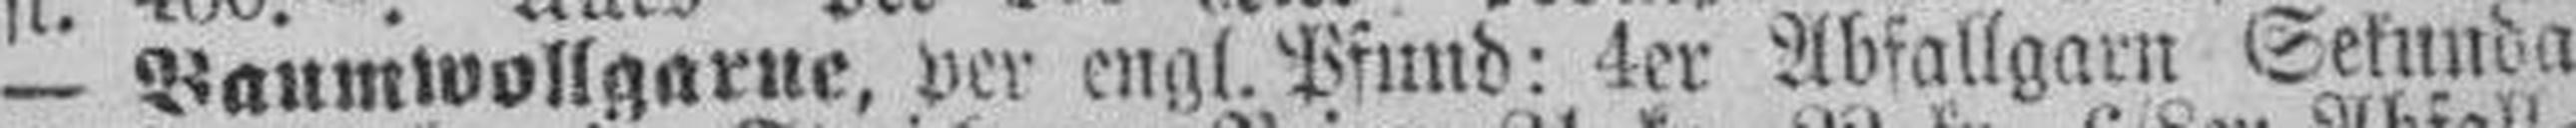
— Baumwollgarne, per engl. Pfund: 4er Abfallgarn Sekunda